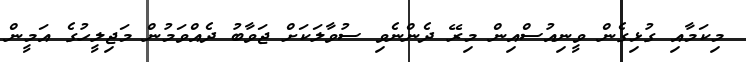
މިކަމާއި ގުޅިގެން ވީނިއުސްއިން މިރޭ ދެންނެވި ސުވާލަކަށް ޖަވާބު ދެއްވަމުން މަޖިލީހުގެ އަމީން